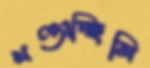
খণ্ডাচ্ছিলি